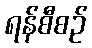
ရန်စီစဉ်